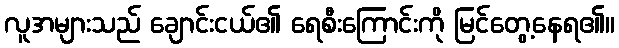
လူအများသည် ချောင်းငယ်၏ ရေစီးကြောင်းကို မြင်တွေ့နေရ၏။